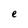
Character: e